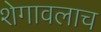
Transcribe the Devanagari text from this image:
शेगावलाच